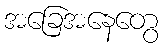
အခြေအနေတွေ